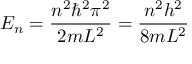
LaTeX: E _ { n } = { \frac { n ^ { 2 } \hbar ^ { 2 } \pi ^ { 2 } } { 2 m L ^ { 2 } } } = { \frac { n ^ { 2 } h ^ { 2 } } { 8 m L ^ { 2 } } }